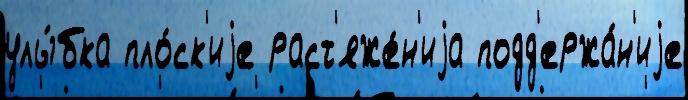
улы́бка пло́ск'иjе раст'яже́н'иjа подд'ержа́н'иjе